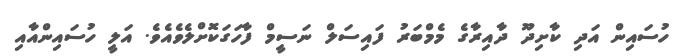
ހުސައިން އަދި ކާށިދޫ ދާއިރާގެ މެމްބަރު ފައިސަލް ނަސީމް ފާހަގަކޮށްލެވެއެވެ. އަލީ ހުސައިންއާއި